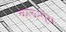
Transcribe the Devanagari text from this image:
काऊशुंग